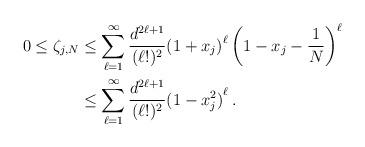
LaTeX: \begin{align*}0\le \zeta_{j,N}&\le \sum_{{\ell=1}}^{\infty}\frac{d^{2\ell+1}}{(\ell!)^2} {(1+x_j)}^\ell \left(1-x_j- \frac 1 N\right)^\ell \\&\le \sum_{{\ell=1}}^{\infty}\frac{d^{2\ell+1}}{(\ell!)^2} {(1-x_j ^ 2 )}^\ell \,. \end{align*}